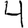
Digit: 4